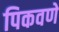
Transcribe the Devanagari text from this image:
पिकवणे